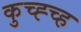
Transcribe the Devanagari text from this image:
कुच्ह्च्ह